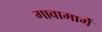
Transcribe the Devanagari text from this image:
गावामार्गे